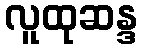
လူထုဆန္ဒ